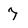
Character: 7